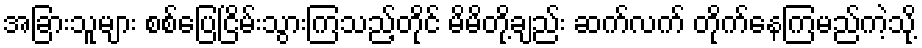
အခြားသူများ စစ်ပြေငြိမ်းသွားကြသည့်တိုင် မိမိတို့ချည်း ဆက်လက် တိုက်နေကြမည်ကဲ့သို့